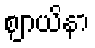
ဈာယိနာ